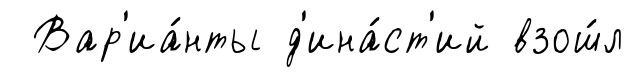
Вар'иа́нты д'ина́ст'ий взош́л